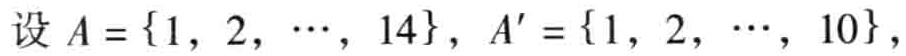
设 \(A = \{1, 2, \cdots, 14\}\)，\(A' = \{1, 2, \cdots, 10\}\)，